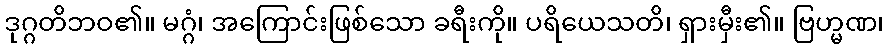
ဒုဂ္ဂတိဘဝ၏။ မဂ္ဂံ၊ အကြောင်းဖြစ်သော ခရီးကို။ ပရိယေသတိ၊ ရှားမှီး၏။ ဗြဟ္မဏ၊